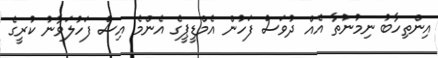
އިންތިހާބު ނިމުނުތާ އެއް ދުވަސް ފަހުން އެމްޑީޕީގެ އެންމެ އިސް ފަހުލަވާނު ކުރީގެ